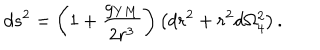
LaTeX: d s ^ { 2 } = \left( 1 + \frac { g _ { Y M } } { 2 r ^ { 3 } } \right) \left( d r ^ { 2 } + r ^ { 2 } d \Omega _ { 4 } ^ { 2 } \right) .